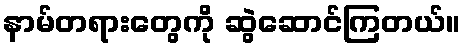
နာမ်တရားတွေကို ဆွဲဆောင်ကြတယ်။